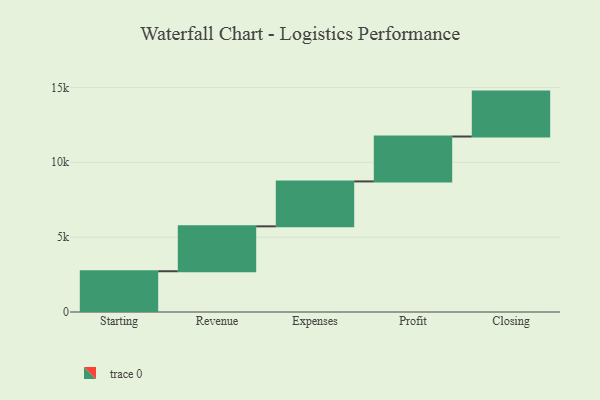
{"axis": {"x": "Step", "y": "Value"}, "legend": [""], "data": [{"x": "Starting", "y": 2722.0, "type": ""}, {"x": "Revenue", "y": 3000, "type": ""}, {"x": "Expenses", "y": 3000, "type": ""}, {"x": "Profit", "y": 3000, "type": ""}, {"x": "Closing", "y": 3000, "type": ""}]}